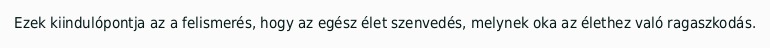
Ezek kiindulópontja az a felismerés, hogy az egész élet szenvedés, melynek oka az élethez való ragaszkodás.